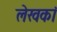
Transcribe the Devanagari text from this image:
लेखकां